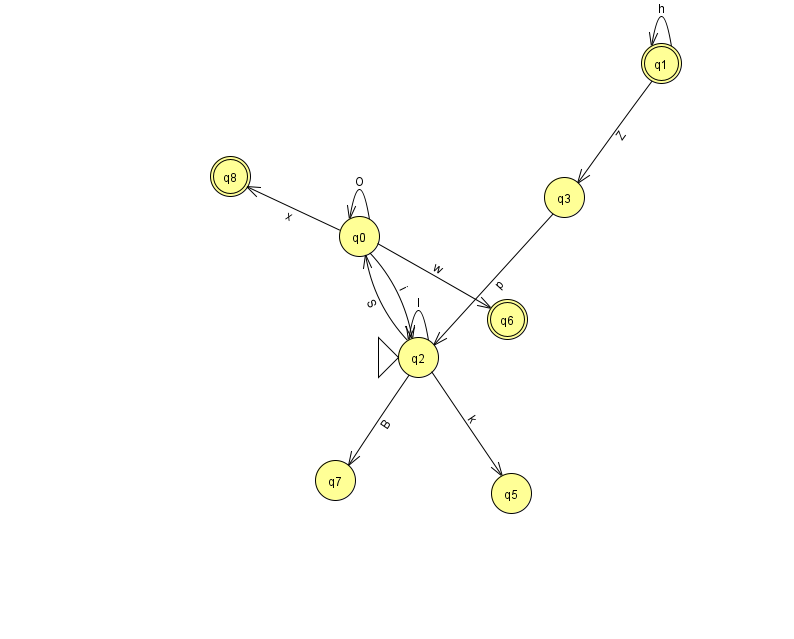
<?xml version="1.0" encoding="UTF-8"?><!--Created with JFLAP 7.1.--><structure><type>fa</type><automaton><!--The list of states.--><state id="0" name="q0"><x>359.0</x><y>223.0</y></state><state id="1" name="q1"><x>661.0</x><y>50.0</y><final/></state><state id="2" name="q2"><x>418.0</x><y>344.0</y><initial/></state><state id="3" name="q3"><x>564.0</x><y>184.0</y></state><state id="5" name="q5"><x>511.0</x><y>480.0</y></state><state id="6" name="q6"><x>507.0</x><y>306.0</y><final/></state><state id="7" name="q7"><x>335.0</x><y>467.0</y></state><state id="8" name="q8"><x>230.0</x><y>163.0</y><final/></state><!--The list of transitions.--><transition><from>1</from><to>3</to><read>Z</read></transition><transition><from>2</from><to>0</to><read>S</read></transition><transition><from>0</from><to>6</to><read>w</read></transition><transition><from>0</from><to>2</to><read>i</read></transition><transition><from>1</from><to>1</to><read>h</read></transition><transition><from>2</from><to>7</to><read>B</read></transition><transition><from>3</from><to>2</to><read>p</read></transition><transition><from>2</from><to>2</to><read>I</read></transition><transition><from>0</from><to>8</to><read>x</read></transition><transition><from>0</from><to>0</to><read>O</read></transition><transition><from>2</from><to>5</to><read>k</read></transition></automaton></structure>